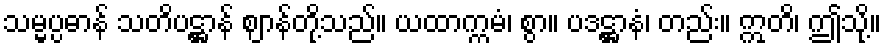
သမ္မပ္ပဓာန် သတိပဋ္ဌာန် ဈာန်တို့သည်။ ယထာက္ကမံ၊ စွာ။ ပဒဋ္ဌာနံ၊ တည်း။ ဣတိ၊ ဤသို့။